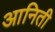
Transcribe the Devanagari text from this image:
आनिती